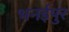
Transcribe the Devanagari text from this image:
भनईपुर